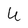
Character: U